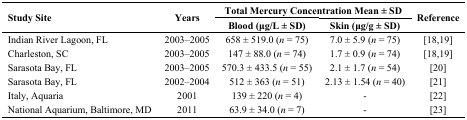
<table><thead><tr><td rowspan="2"><b>Study Site</b></td><td rowspan="2"><b>Years</b></td><td colspan="2"><b>Total Mercury Concentration Mean ± SD</b></td><td rowspan="2"><b>Reference</b></td></tr><tr><td><b>Blood (μg/L ± SD)</b></td><td><b>Skin (μg/g ± SD)</b></td></tr></thead><tbody><tr><td>Indian River Lagoon, FL</td><td>2003–2005</td><td>658 ± 519.0 (<i>n</i> = 75)</td><td>7.0 ± 5.9 (<i>n</i> = 75)</td><td>[18,19]</td></tr><tr><td>Charleston, SC</td><td>2003–2005</td><td>147 ± 88.0 (<i>n</i> = 74)</td><td>1.7 ± 0.9 (<i>n</i> = 74)</td><td>[18,19]</td></tr><tr><td>Sarasota Bay, FL</td><td>2003–2005</td><td>570.3 ± 433.5 (<i>n</i> = 55)</td><td>2.1 ± 1.7 (<i>n</i> = 54)</td><td>[20]</td></tr><tr><td>Sarasota Bay, FL</td><td>2002–2004</td><td>512 ± 363 (<i>n</i> = 51)</td><td>2.13 ± 1.54 (<i>n</i> = 40)</td><td>[21]</td></tr><tr><td>Italy, Aquaria</td><td>2001</td><td>139 ± 220 (<i>n</i> = 4)</td><td>-</td><td>[22]</td></tr><tr><td>National Aquarium, Baltimore, MD</td><td>2011</td><td>63.9 ± 34.0 (<i>n</i> = 7)</td><td>-</td><td>[23]</td></tr></tbody></table>